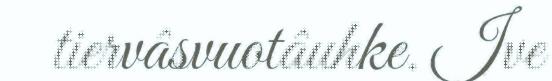
tiervâsvuotâuhke. Ive